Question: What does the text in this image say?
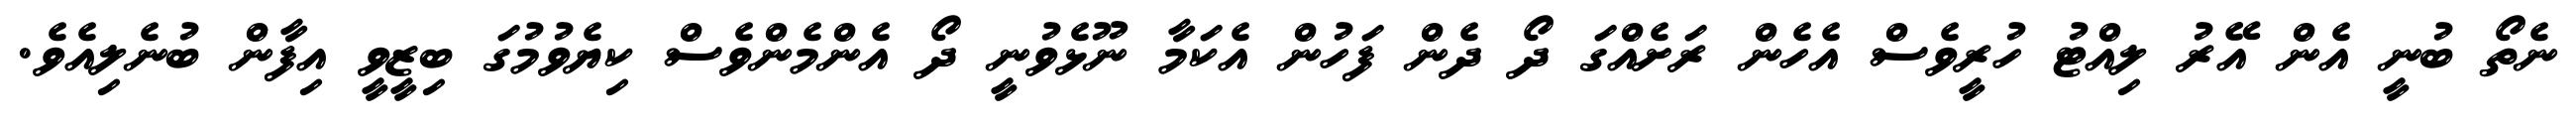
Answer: ނެތޯ ބުނީ އެން އޭރު ލިއްޓު ހުރީވެސް އެހެން ރަށެއްގަ ދޯ ދެން ފަހުން އެކަމާ ނޫޅެވުނީ ދޯ އެންމެންވެސް ކިޔެވުމުގަ ބިޒީވީ އިފާން ބުނެލިއެވެ.